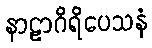
နာဠာဂိရိပေသနံ